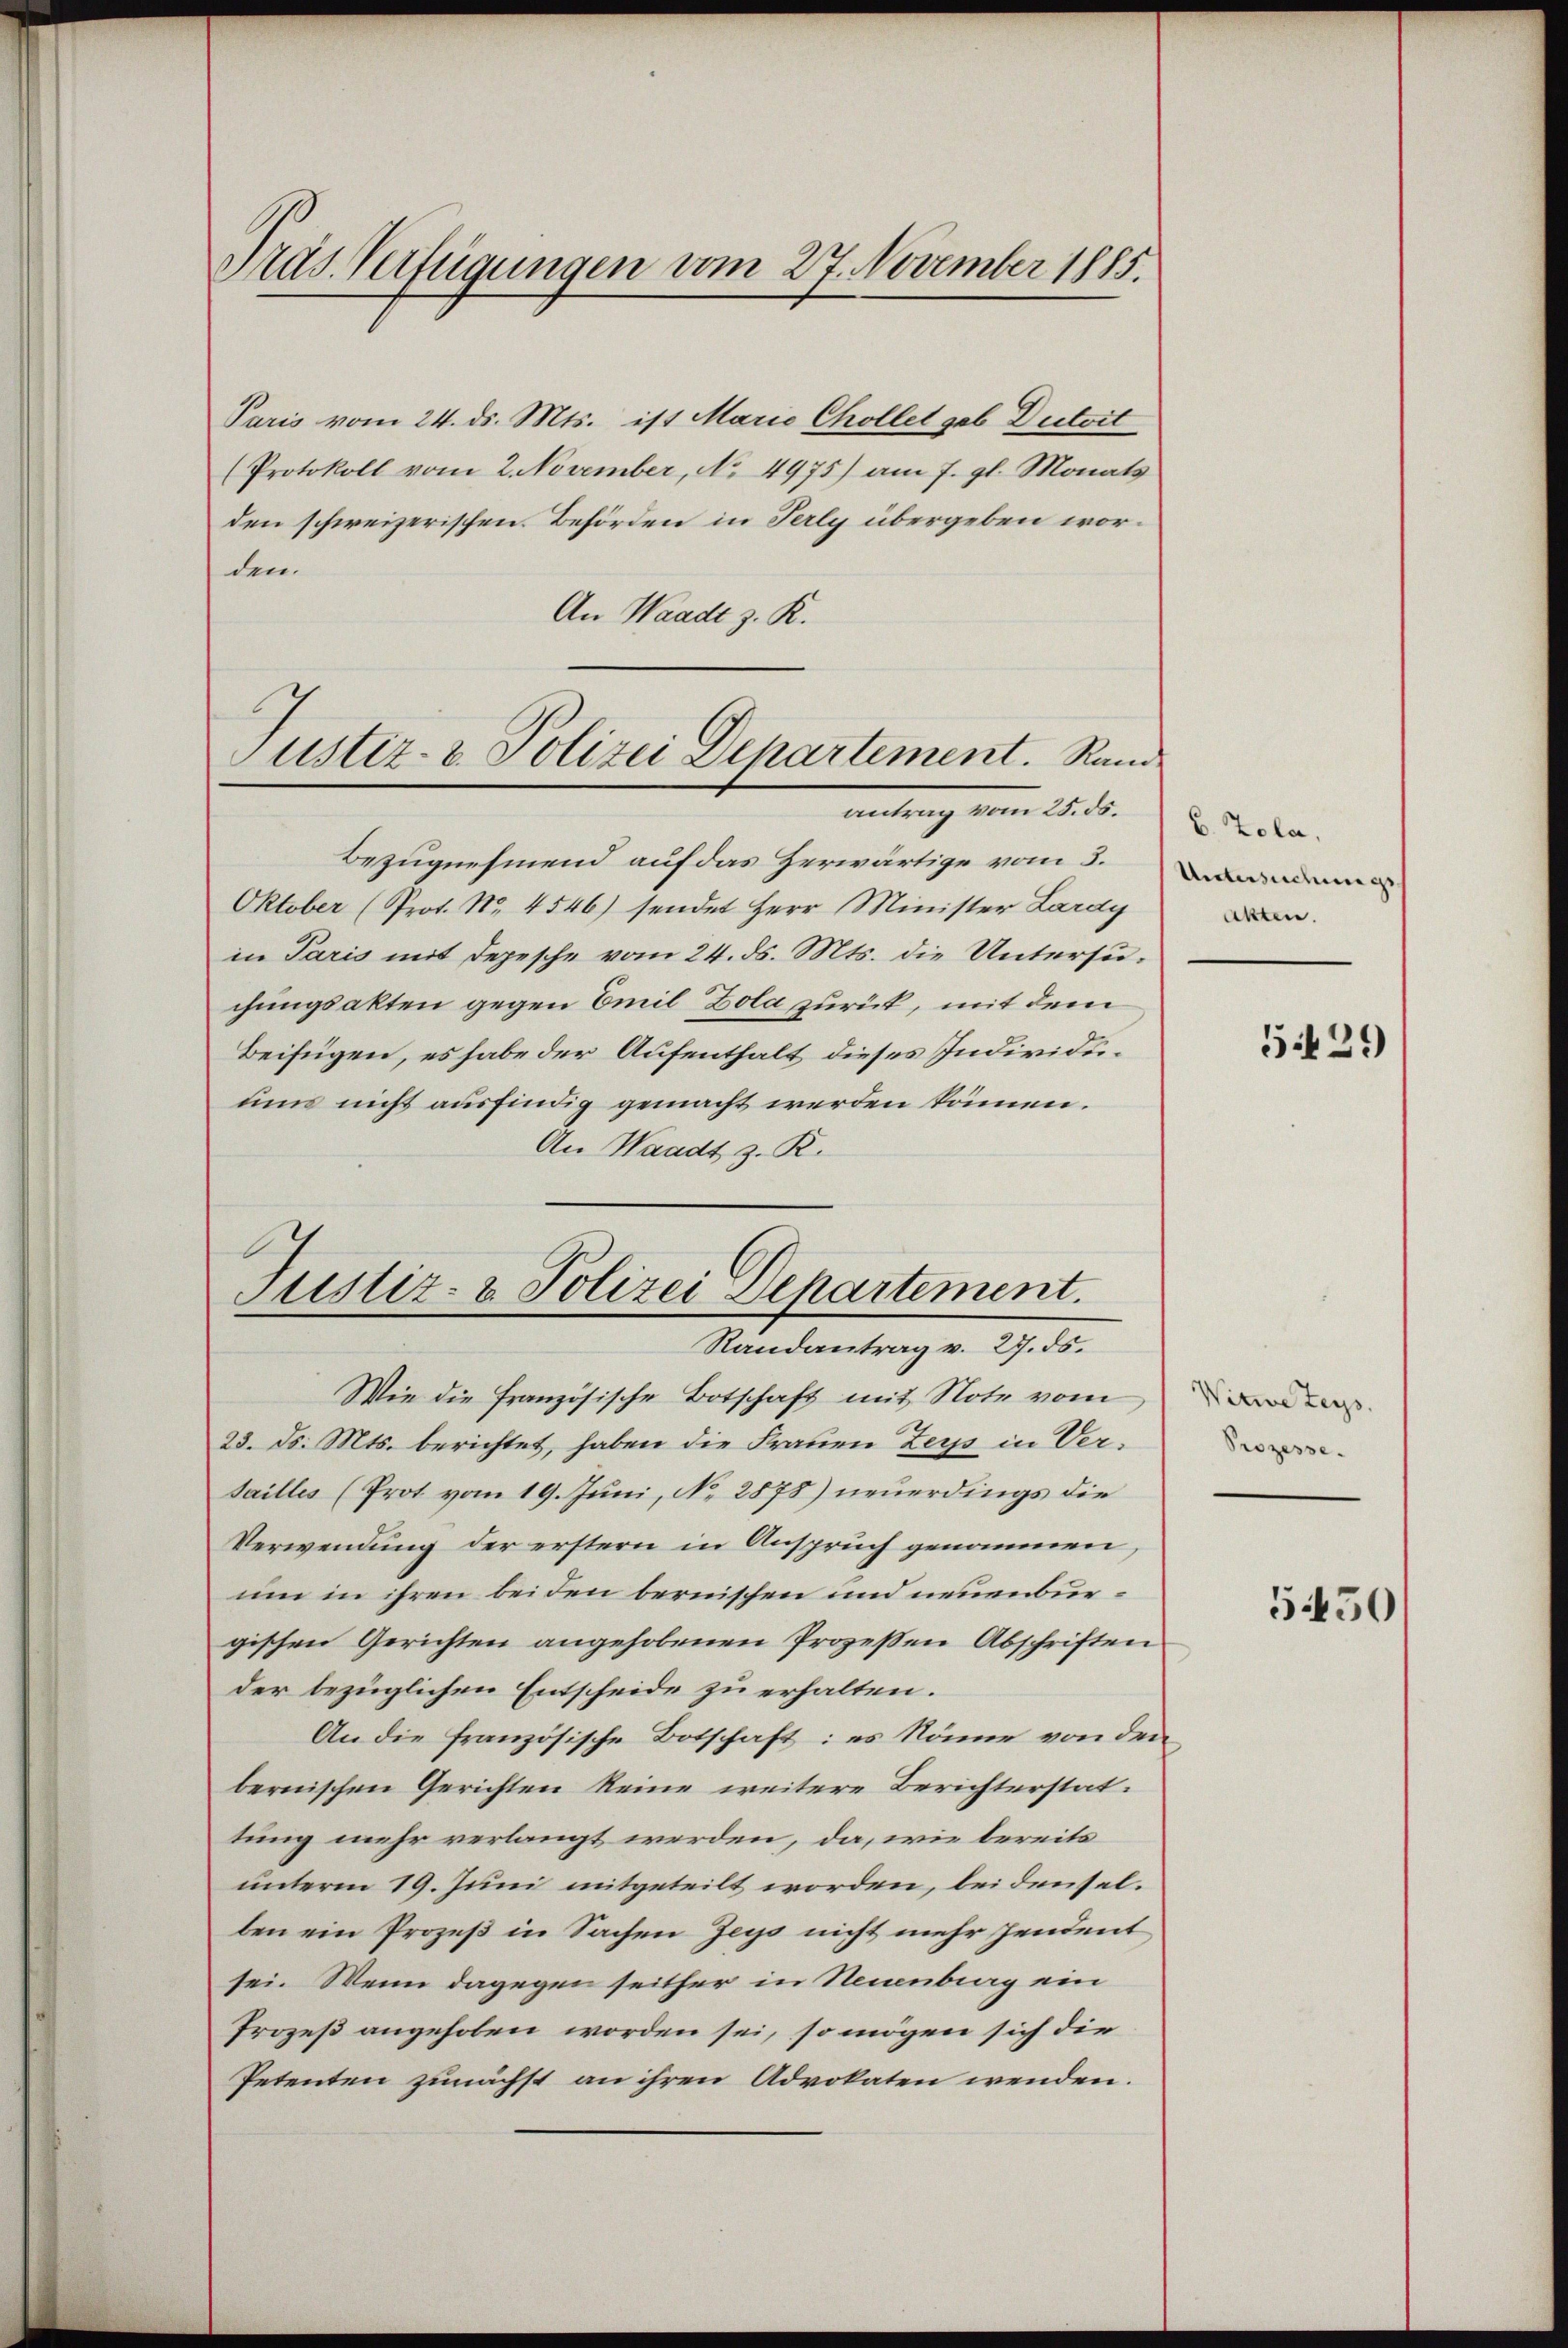
Pras. Verfügungen vom 27. November 1885.

Paris vom 24. ds. Mts. ist Marie Chollet geb Dutoit
(Protokoll vom 2. November, No. 4975) am 7. gl. Monats
den schweizerischen Behörden in Terly übergeben worden.
An Waadt z. K.

Justiz- & Polizei Departement. Rande
antrag vom 25. ds.

Bezugnehmend auf das Zerwärtige vom 3.
Oktober (Prot. No. 4546) sendet Herr Minister Lardy
in Paris mit Depesche vom 24. ds. Mts. die Untersuchungsakten gegen Emil Zola zurück, mit dem
Beifügen, es habe der Aufenthalt dieses Individuums nicht ausfindig gemacht werden können.
An Waadt, z. R.

Justiz- & Polizei Departement.
Randantrag v. 27. ds.

Wie die französische Botschaft mit Note vom
23. d. Mts. berichtet, haben die Frauen Zeys in Ver¬
Sailles (Prot vom 19. Juni, No. 2878) neuerdings die
Verwendung der erstern in Anspruch genommen,
um in ihren bei den bernischen und neuenburgischen Gerichten angehobenen Prozessen Abschriften
der bezüglichen Entscheide zu erhalten.
An die französische Botschaft: es könne von den
bernischen Gerichten keine weitere Berichterstat.
tung mehr verlangt werden, da, wie bereits
unterm 19. Juni mitgeteilt worden, bei denselben ein Prozeß in Sachen Zeys nicht mehr pendent
sei. Wenn dagegen seither in Neuenburg ein
Prozeß angehoben worden sei, so mögen sich die
Petenten zunächst an ihren Advokaten wenden.

B. Zola,
Untersuchungs
Akten.

539

Witweteys.
Prozesse.

5450